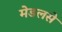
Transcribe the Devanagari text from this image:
मेडलसे